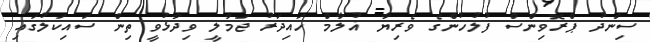
ސިންދު ޕްރޮވިންސް ފުލުހުންގެ ވެރިޔާ ޣުލާމް ހައިދަރު ޖަމާލީ ވިދާޅުވީ ތިން ސައިކަލުގައި